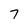
Character: 7